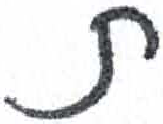
אות: ת